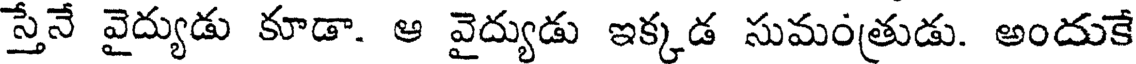
స్తేనే వైద్యుడు కూడా. ఆ వైద్యుడు ఇక్కడ సుమంత్రుడు. అందుకే